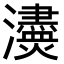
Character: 𤄸